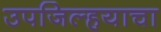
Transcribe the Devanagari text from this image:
उपजिल्हयाचा